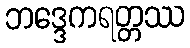
ဘဒ္ဒေကရတ္တဿ